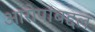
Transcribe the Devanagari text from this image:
आरोपांबद्दल